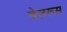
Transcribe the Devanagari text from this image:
बेलरूस